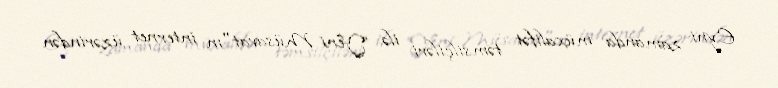
Eyni zamanda müxalifət təmsilçiləri ilə ”Yeni Müsavat"ın internet üzərindən